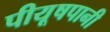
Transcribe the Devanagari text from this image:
पीयूषपानी